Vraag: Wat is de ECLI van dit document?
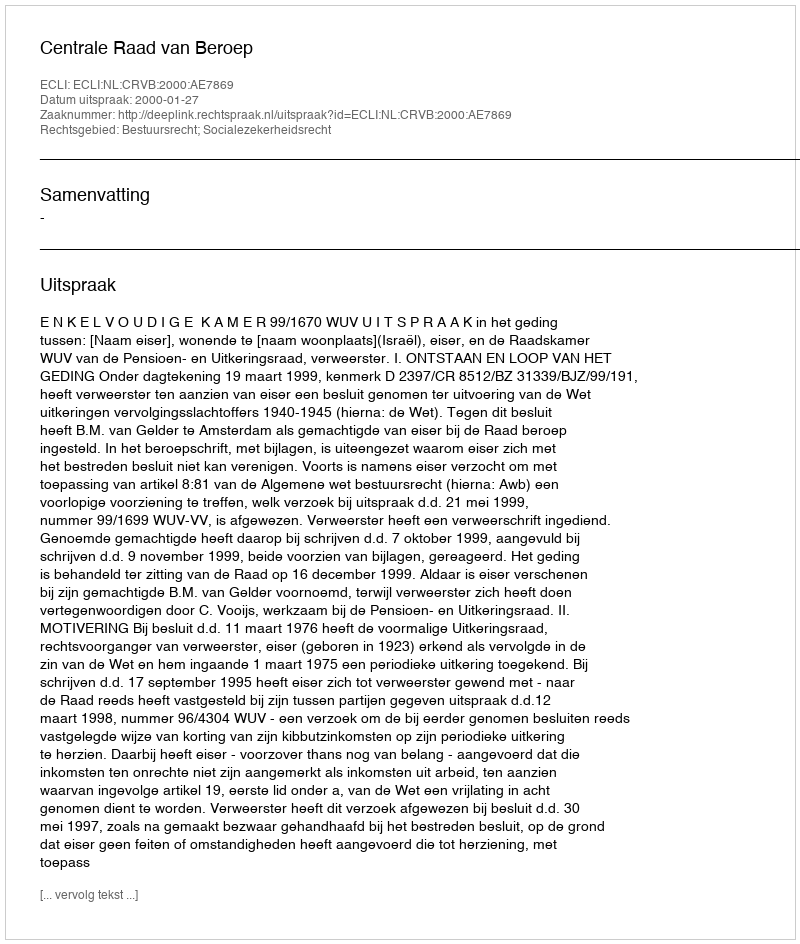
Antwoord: ECLI:NL:CRVB:2000:AE7869